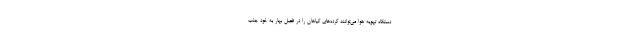
دستگاه تهویه هوا می‌توانند گرده‌های گیاهان را در فصل بهار به خود جذب